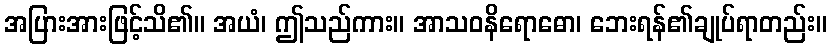
အပြားအားဖြင့်သိ၏။ အယံ၊ ဤသည်ကား။ အာသဝနိရောဓော၊ ဘေးရန်၏ချုပ်ရာတည်း။